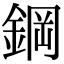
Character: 鋼